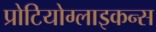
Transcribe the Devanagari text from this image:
प्रोटियोग्लाइकन्स